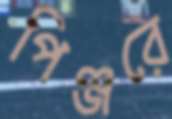
পিঞ্জরে